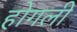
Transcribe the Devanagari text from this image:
होगली